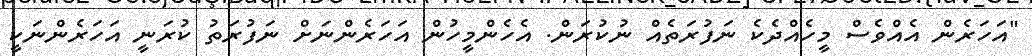
"އަހަރެން އެއްވެސް މީހެއްދެކެ ނަފުރަތެއް ނުކުރަން. އެހެންމީހުން އަހަރެންނަށް ނަފުރަތު ކުރަނީ އަހަރެންނަކީ